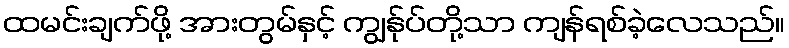
ထမင်းချက်ဖို့ အားတွမ်နှင့် ကျွန်ုပ်တို့သာ ကျန်ရစ်ခဲ့လေသည်။